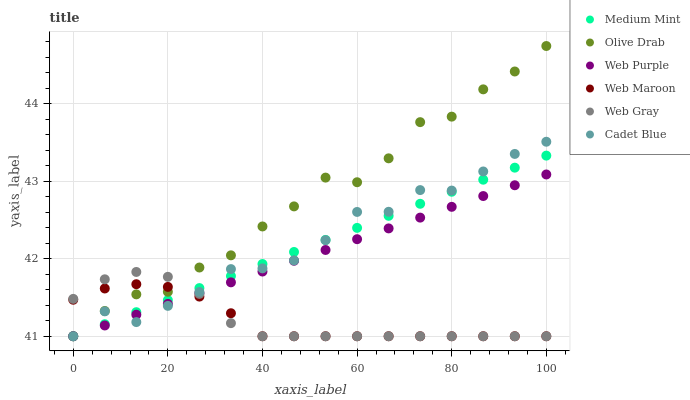
| xaxis_label | Medium Mint | Olive Drab | Web Purple | Web Maroon | Web Gray | Cadet Blue |
 | --- | --- | --- | --- | --- | --- | --- |
 | 0 | 41 | 41 | 41 | 41.5 | 41.5 | 41 |
 | 6.67 | 41.2 | 41.3 | 41.1 | 41.6 | 41.7 | 41.3 |
 | 13.3 | 41.3 | 41.5 | 41.3 | 41.7 | 41.8 | 41.2 |
 | 20 | 41.5 | 41.6 | 41.4 | 41.6 | 41.8 | 41.4 |
 | 26.7 | 41.6 | 41.9 | 41.6 | 41.5 | 41.5 | 41.6 |
 | 33.3 | 41.8 | 42 | 41.7 | 41.3 | 41.2 | 41.9 |
 | 40 | 41.9 | 42.4 | 41.8 | 41 | 41 | 41.9 |
 | 46.7 | 42.1 | 42.7 | 42 | 41 | 41 | 42 |
 | 53.3 | 42.2 | 43 | 42.1 | 41 | 41 | 42.2 |
 | 60 | 42.4 | 43 | 42.3 | 41 | 41 | 42.6 |
 | 66.7 | 42.6 | 43.3 | 42.4 | 41 | 41 | 42.6 |
 | 73.3 | 42.7 | 43.8 | 42.5 | 41 | 41 | 42.9 |
 | 80 | 42.9 | 43.8 | 42.7 | 41 | 41 | 42.9 |
 | 86.7 | 43 | 44.2 | 42.8 | 41 | 41 | 43.1 |
 | 93.3 | 43.2 | 44.4 | 42.9 | 41 | 41 | 43.4 |
 | 100 | 43.3 | 44.7 | 43.1 | 41 | 41 | 43.5 |